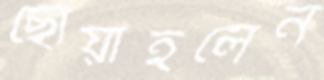
ছোঁয়াইলেন